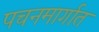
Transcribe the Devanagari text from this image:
पचनमार्गात